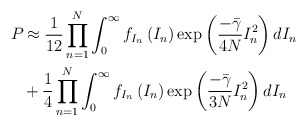
\begin{align*}{{P}_{}}&\approx \frac{1}{12}\prod\limits_{n=1}^{N}{\int_{0}^{\infty }{{{f}_{{{I}_{n}}}}\left( {{I}_{n}} \right)}}\exp \left( \frac{-\bar{\gamma }}{4N}I_{n}^{2} \right)d{{I}_{n}}\\&+\frac{1}{4}\prod\limits_{n=1}^{N}{\int_{0}^{\infty }{{{f}_{{{I}_{n}}}}\left( {{I}_{n}} \right)}}\exp \left( \frac{-\bar{\gamma }}{3N}I_{n}^{2} \right)d{{I}_{n}}\end{align*}